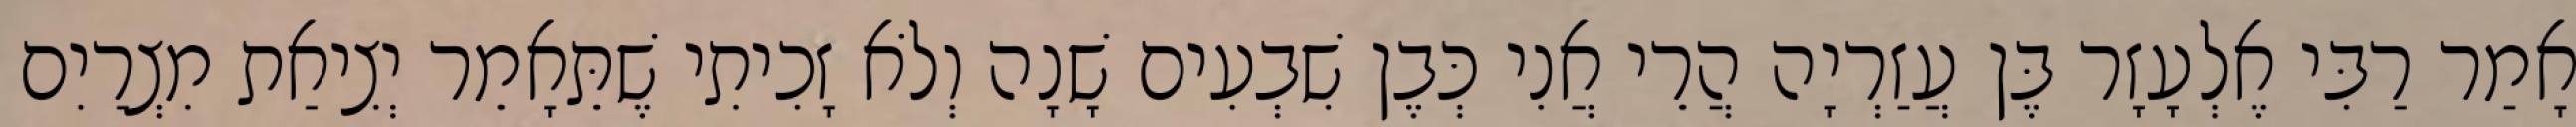
אָמַר רַבִּי אֶלְעָזָר בֶּן עֲזַרְיָה הֲרֵי אֲנִי כְּבֶן שִׁבְעִים שָׁנָה וְלֹא זָכִיתִי שֶׁתֵּאָמֵר יְצִיאַת מִצְרַיִם